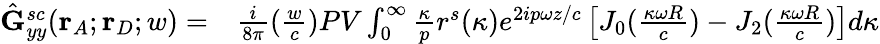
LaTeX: \begin{array}{rl}{\hat{\mathbf{G}}_{yy}^{sc}(\mathbf{r}_{A};\mathbf{r}_{D};w)=}&{{}\frac{i}{8{\pi}}(\frac{w}{c})PV\int_{0}^{\infty}\frac{\kappa}{p}r^{s}(\kappa)e^{2ip{\omega}z/c}\left[J_{0}(\frac{\kappa\omega{R}}{c})-J_{2}(\frac{\kappa\omega{R}}{c})\right]d{\kappa}}\end{array}